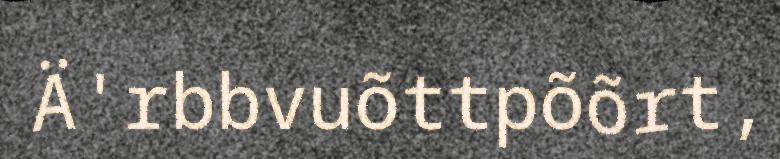
Ä'rbbvuõttpõõrt,